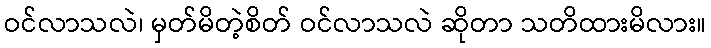
ဝင်လာသလဲ၊ မှတ်မိတဲ့စိတ် ဝင်လာသလဲ ဆိုတာ သတိထားမိလား။